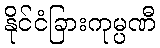
နိုင်ငံခြားကုမ္ပဏီ